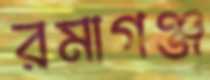
রমাগঞ্জ